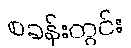
စခန်းတွင်း